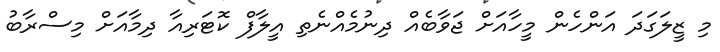
މި ޒީލަގަދަ އަންހެން މީހާއަށް ޖަވާބެއް ދިނުމެއްނެތި އީލާފް ކޮޓަރިއާ ދިމާއަށް މިސްރާބު